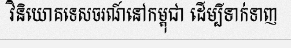
វិនិយោគទេសចរណ៍នៅកម្ពុជា ដើម្បីទាក់ទាញ